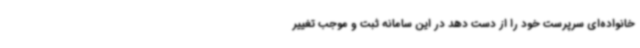
خانواده‌ای سرپرست خود را از دست دهد در این سامانه ثبت و موجب تغییر